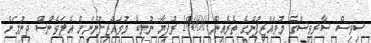
ސިވިސް ސާރވިސްގެ މުވައްޒިފުންގެ ތެރެއިން 10000 ރުފިޔާ ނުލިބޭ މުވައްޒިފުންނަށް އެލަވެންސް ދިނުމަށް